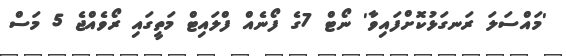
'މައްސަލަ ރަނގަޅުކޮށްފައިވާ' ނޯޓް 7ގެ ފޯނެއް ފްލައިޓް މަތީގައި ރޯވެއްޖެ 5 މަސް